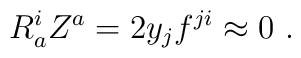
R^i_aZ^a=2y_jf^{ji}\approx 0 \ .